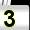
Digit: 3